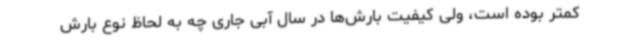
کمتر بوده است، ولی کیفیت بارش‌ها در سال آبی جاری چه به لحاظ نوع بارش